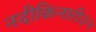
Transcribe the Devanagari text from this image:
नदीकिनारी३५